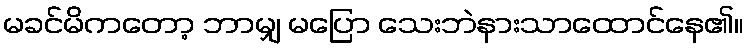
မခင်မိကတော့ ဘာမျှ မပြော သေးဘဲနားသာထောင်နေ၏။